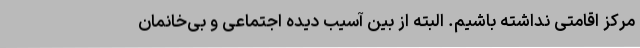
مرکز اقامتی نداشته باشیم. البته از بین آسیب دیده اجتماعی و بی‌خانمان